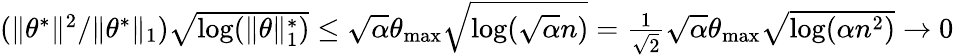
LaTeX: \begin{array}{r}{(\| \theta^{*}\| ^{2}/\| \theta^{*}\| _{1})\sqrt{\log(\| \theta\| _{1}^{*})}\leq\sqrt{\alpha}\theta_{\operatorname*{max}}\sqrt{\log(\sqrt{\alpha}n)}=\frac{1}{\sqrt{2}}\sqrt{\alpha}\theta_{\operatorname*{max}}\sqrt{\log(\alpha n^{2})}\to 0}\end{array}